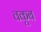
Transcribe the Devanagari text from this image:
वकूब